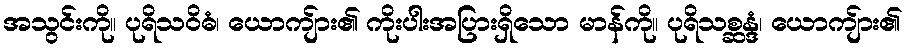
အသွင်းကို။ ပုရိသဝိဓံ၊ ယောကျ်ား၏ ကိုးပါးအပြားရှိသော မာန်ကို။ ပုရိသစ္ဆန္ဒံ၊ ယောကျ်ား၏